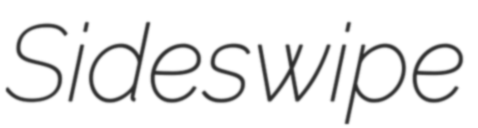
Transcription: Sideswipe